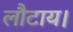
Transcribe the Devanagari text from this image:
लौटाय।